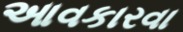
આવકારવા